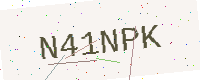
Text: N41NPK